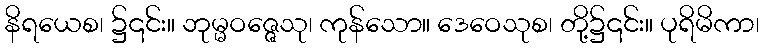
နိရယေစ၊ ၌၎င်း။ ဘုမ္မဝဇ္ဇေသု၊ ကုန်သော။ ဒေဝေသုစ၊ တို့၌၎င်း။ ပုရိမိကာ၊